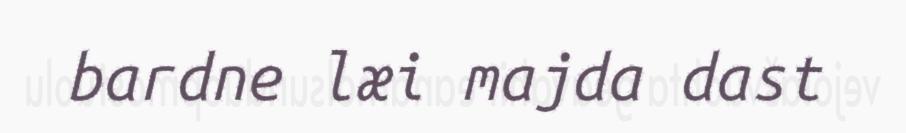
bardne læi majda dast